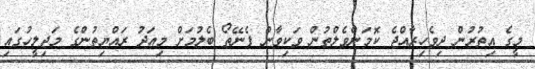
މީގެ އިތުރުން ދިވެހިރާއްޖެ ކޮމަންވެލްތުން ވަކިވާން ފެނޭތޯ ބެލުމަށް މިއަދު ރައްޔިތުންގެ މަޖިލީހުގައި